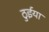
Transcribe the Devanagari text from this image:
ठुईया